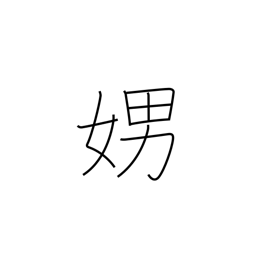
Meaning: loud talking